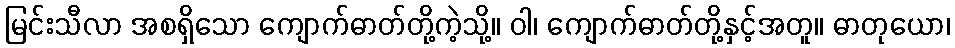
မြင်းသီလာ အစရှိသော ကျောက်ဓာတ်တို့ကဲ့သို့။ ဝါ၊ ကျောက်ဓာတ်တို့နှင့်အတူ။ ဓာတုယော၊